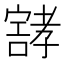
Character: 𰍝